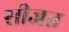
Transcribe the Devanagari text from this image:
सीजऩ